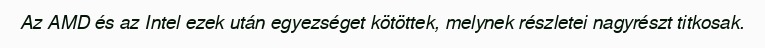
Az AMD és az Intel ezek után egyezséget kötöttek, melynek részletei nagyrészt titkosak.